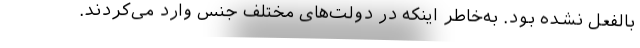
بالفعل نشده بود. به‌خاطر اینکه در دولت‌های مختلف جنس وارد می‌کردند.